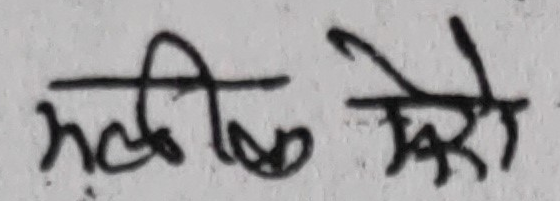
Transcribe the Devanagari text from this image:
मलिक सेरो